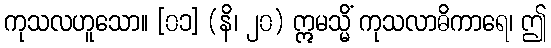
ကုသလဟူသော။ [၀၁] (နိ၊ ၂၀) ဣမသ္မိံ ကုသလာဓိကာရေ၊ ဤ